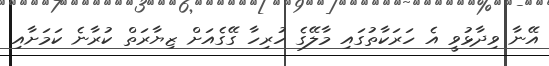
އޭނާ ވިދާޅުވީ އެ ހަރަކާތުގައި މާލޭގެ ހުރިހާ ގޭގެއަށް ޒިޔާރަތް ކުރާނެ ކަމަށާއި